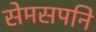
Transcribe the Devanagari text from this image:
सेमसपनि